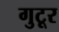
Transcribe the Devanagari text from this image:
गुटूर